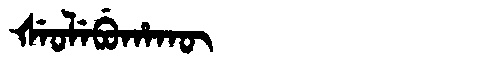
Manchu: ᡧᡝᠣᠯᡝᠪᡠᡥᠠᡴᡡ
Romanization: ŠEOLEBUHAKŪ